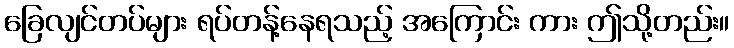
ခြေလျင်တပ်များ ရပ်တန့်နေရသည့် အကြောင်း ကား ဤသို့တည်း။